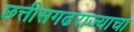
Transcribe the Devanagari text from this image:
छत्तीसगढराज्याचा